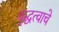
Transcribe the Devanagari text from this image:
वृद्धत्वाचे